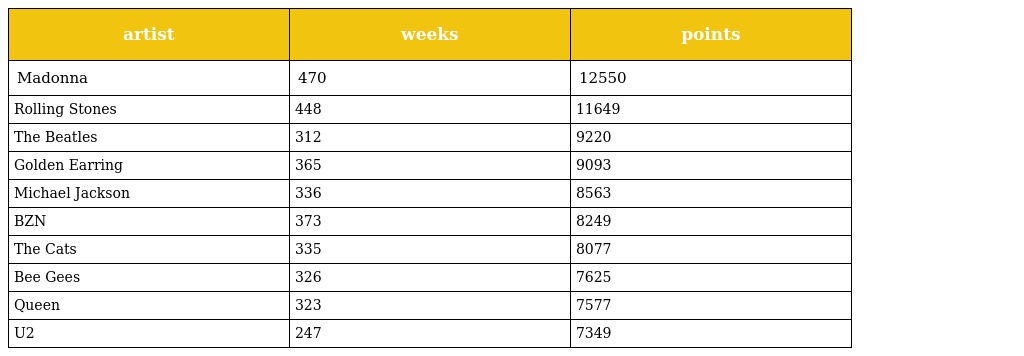
| artist | weeks | points |
 | --- | --- | --- |
 | Madonna | 470 | 12550 |
 | Rolling Stones | 448 | 11649 |
 | The Beatles | 312 | 9220 |
 | Golden Earring | 365 | 9093 |
 | Michael Jackson | 336 | 8563 |
 | BZN | 373 | 8249 |
 | The Cats | 335 | 8077 |
 | Bee Gees | 326 | 7625 |
 | Queen | 323 | 7577 |
 | U2 | 247 | 7349 |